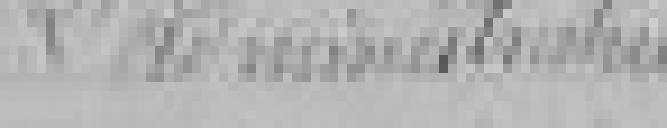
L'administrateur